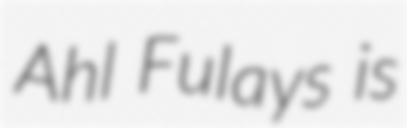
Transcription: Ahl Fulays is